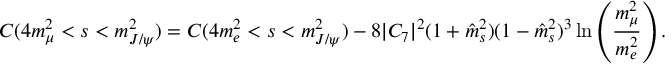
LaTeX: C ( 4 m _ { \mu } ^ { 2 } < s < m _ { J / \psi } ^ { 2 } ) = C ( 4 m _ { e } ^ { 2 } < s < m _ { J / \psi } ^ { 2 } ) - 8 | C _ { 7 } | ^ { 2 } ( 1 + \hat { m } _ { s } ^ { 2 } ) ( 1 - \hat { m } _ { s } ^ { 2 } ) ^ { 3 } \ln \left( \frac { m _ { \mu } ^ { 2 } } { m _ { e } ^ { 2 } } \right) .